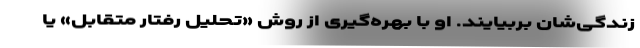
زندگی‌شان بربیایند. او با بهره‌گیری از روش «تحلیل رفتار متقابل» یا